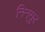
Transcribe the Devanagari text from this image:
निनगुर